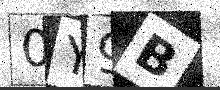
Text: 0Y9B